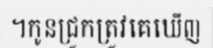
។កូនជ្រូកត្រូវគេឃើញ